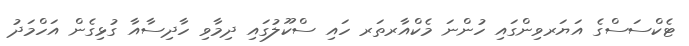
ޓެކްސަސްގެ އަޔަރވިންގައި ހުންނަ މެކްއާރތަރ ހައި ސްކޫލުގައި ދިމާވި ހާދިސާއާ ގުޅިގެން އަހްމަދު